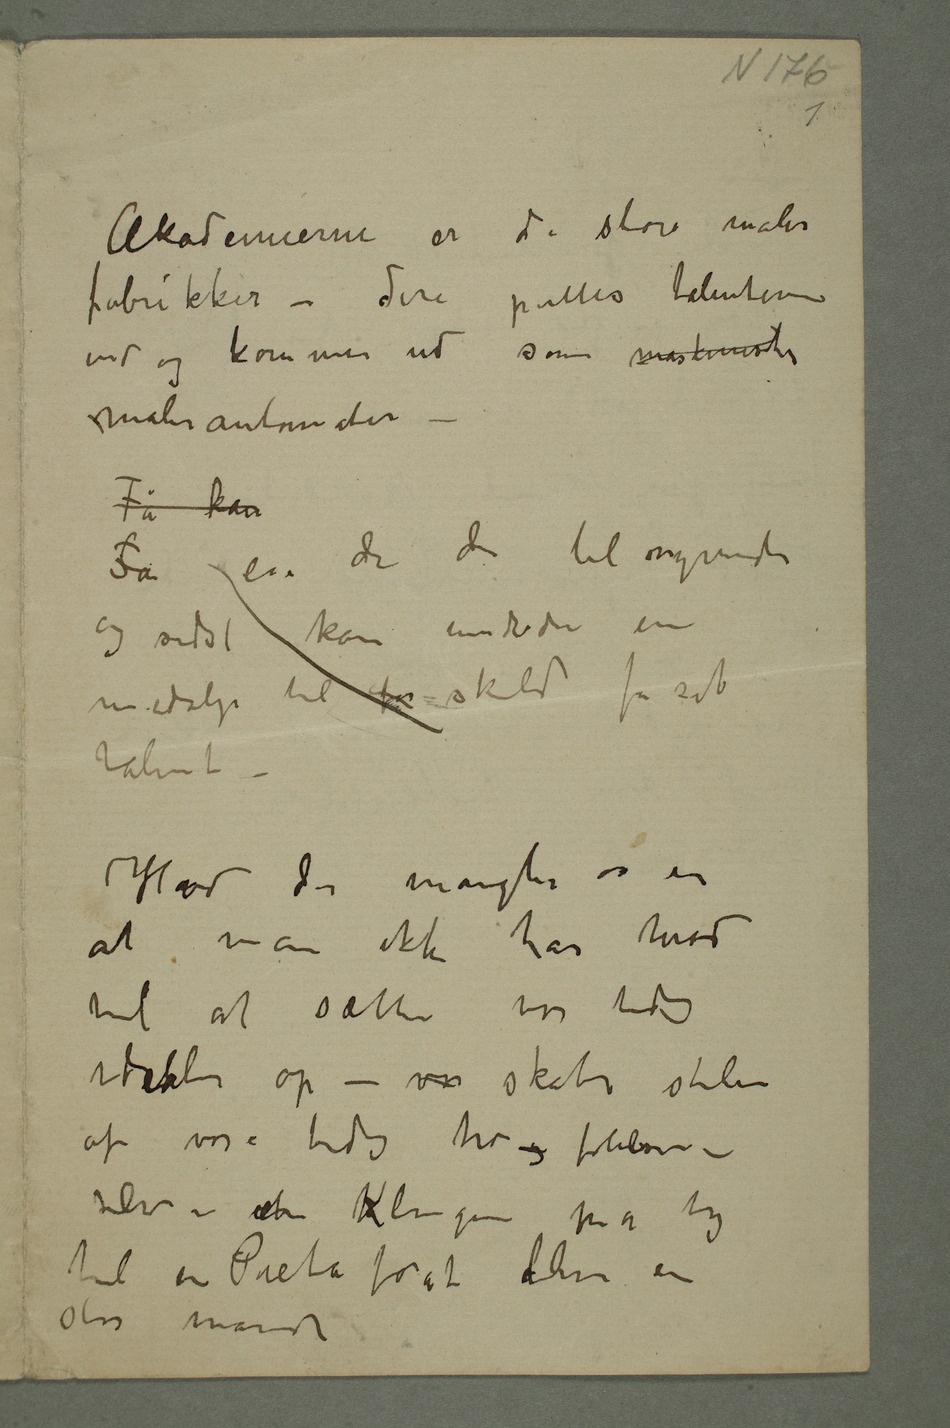
Akademierne er de store maler
fabrikker – der puttes talenterne
ind og kommer ud som maskinister
malerautomater
– Få kan
Få er de der til syvende
medalje til for skildt for sit
talent
– Hvad der mangler os er
at man ikke har mod
til at sætte vor tids
idelaler op – vor skabe stiler
av vor tids tro og følelser –
selv en Klinger må tage
til en Pieta forat blive en
stor mand